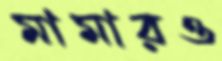
মামারও